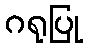
ဂရုပြု